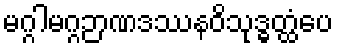
မဂ္ဂါမဂ္ဂဉာဏဒဿနဝိသုဒ္ဓတ္ထံပေ